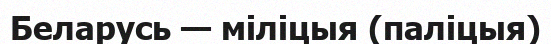
Беларусь — міліцыя (паліцыя)